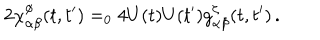
2 \chi _ { \alpha \beta } ^ { \phi } ( t , t ^ { \prime } ) = _ { 0 } 4 U ( t ) U ( t ^ { \prime } ) g _ { \alpha \beta } ^ { \zeta } ( t , t ^ { \prime } ) \, .